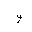
Letter: _waw